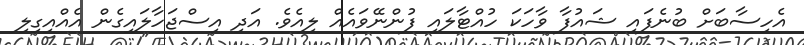
އެހިސާބަށް ބުނެފައި ޝައުފާ ވާހަކަ ހުއްޓާލައި ފުންނޭވައެއް ލިއެވެ. އަދި އިސްޖަހާލައިގެން އެއްއިގިލި